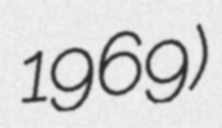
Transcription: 1969)